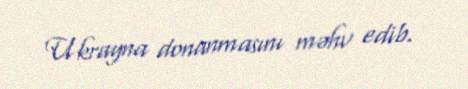
Ukrayna donanmasını məhv edib.